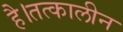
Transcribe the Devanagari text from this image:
है।तत्कालीन